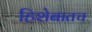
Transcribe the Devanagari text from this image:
हिशेबातच